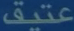
عتيق